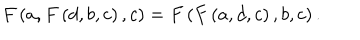
F \left( a , F \left( d , b , c \right) , c \right) = F \left( F \left( a , d , c \right) , b , c \right) .